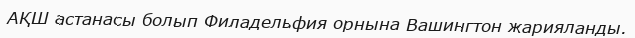
АҚШ астанасы болып Филадельфия орнына Вашингтон жарияланды.